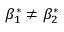
\beta _ { 1 } ^ { * } \neq \beta _ { 2 } ^ { * }